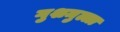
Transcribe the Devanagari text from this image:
गुशमुल्ला